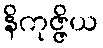
နိကုဇ္ဇိယ